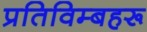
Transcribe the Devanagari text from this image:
प्रतिविम्‍बहरू